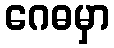
ဂေဓမှာ